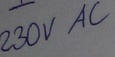
Text: 230V AC